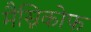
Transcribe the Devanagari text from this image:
मैस्निकोफ